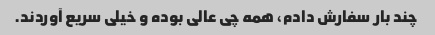
چند بار سفارش دادم، همه چی عالی بوده و خیلی سریع آوردند.